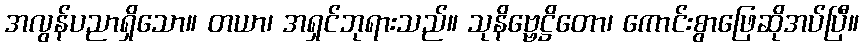
အလွန်ပညာရှိသော။ တယာ၊ အရှင်ဘုရားသည်။ သုနိဗ္ဗေဋ္ဌိတော၊ ကောင်းစွာဖြေဆိုအပ်ပြီ။